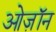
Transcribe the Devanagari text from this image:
ओज़ॉन